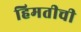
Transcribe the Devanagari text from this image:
हिमतीची